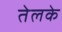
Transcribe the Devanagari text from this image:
तेलके